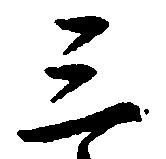
三